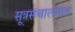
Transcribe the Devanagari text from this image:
सूत्रसंचालनात